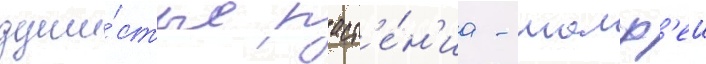
души́стые раст'е́н'иа - шалф'еи